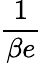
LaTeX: \displaystyle\frac{1}{\beta e}